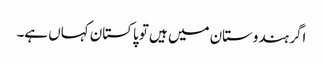
اگر ہندوستان میں ہیں تو پاکستان کہاں ہے۔